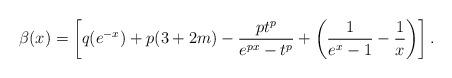
LaTeX: \begin{align*}\beta(x)=\left[q(e^{-x})+p(3+2m)-\frac{pt^{p}}{e^{px}-t^{p}}+\left(\frac{1}{e^{x}-1}-\frac{1}{x} \right)\right].\end{align*}